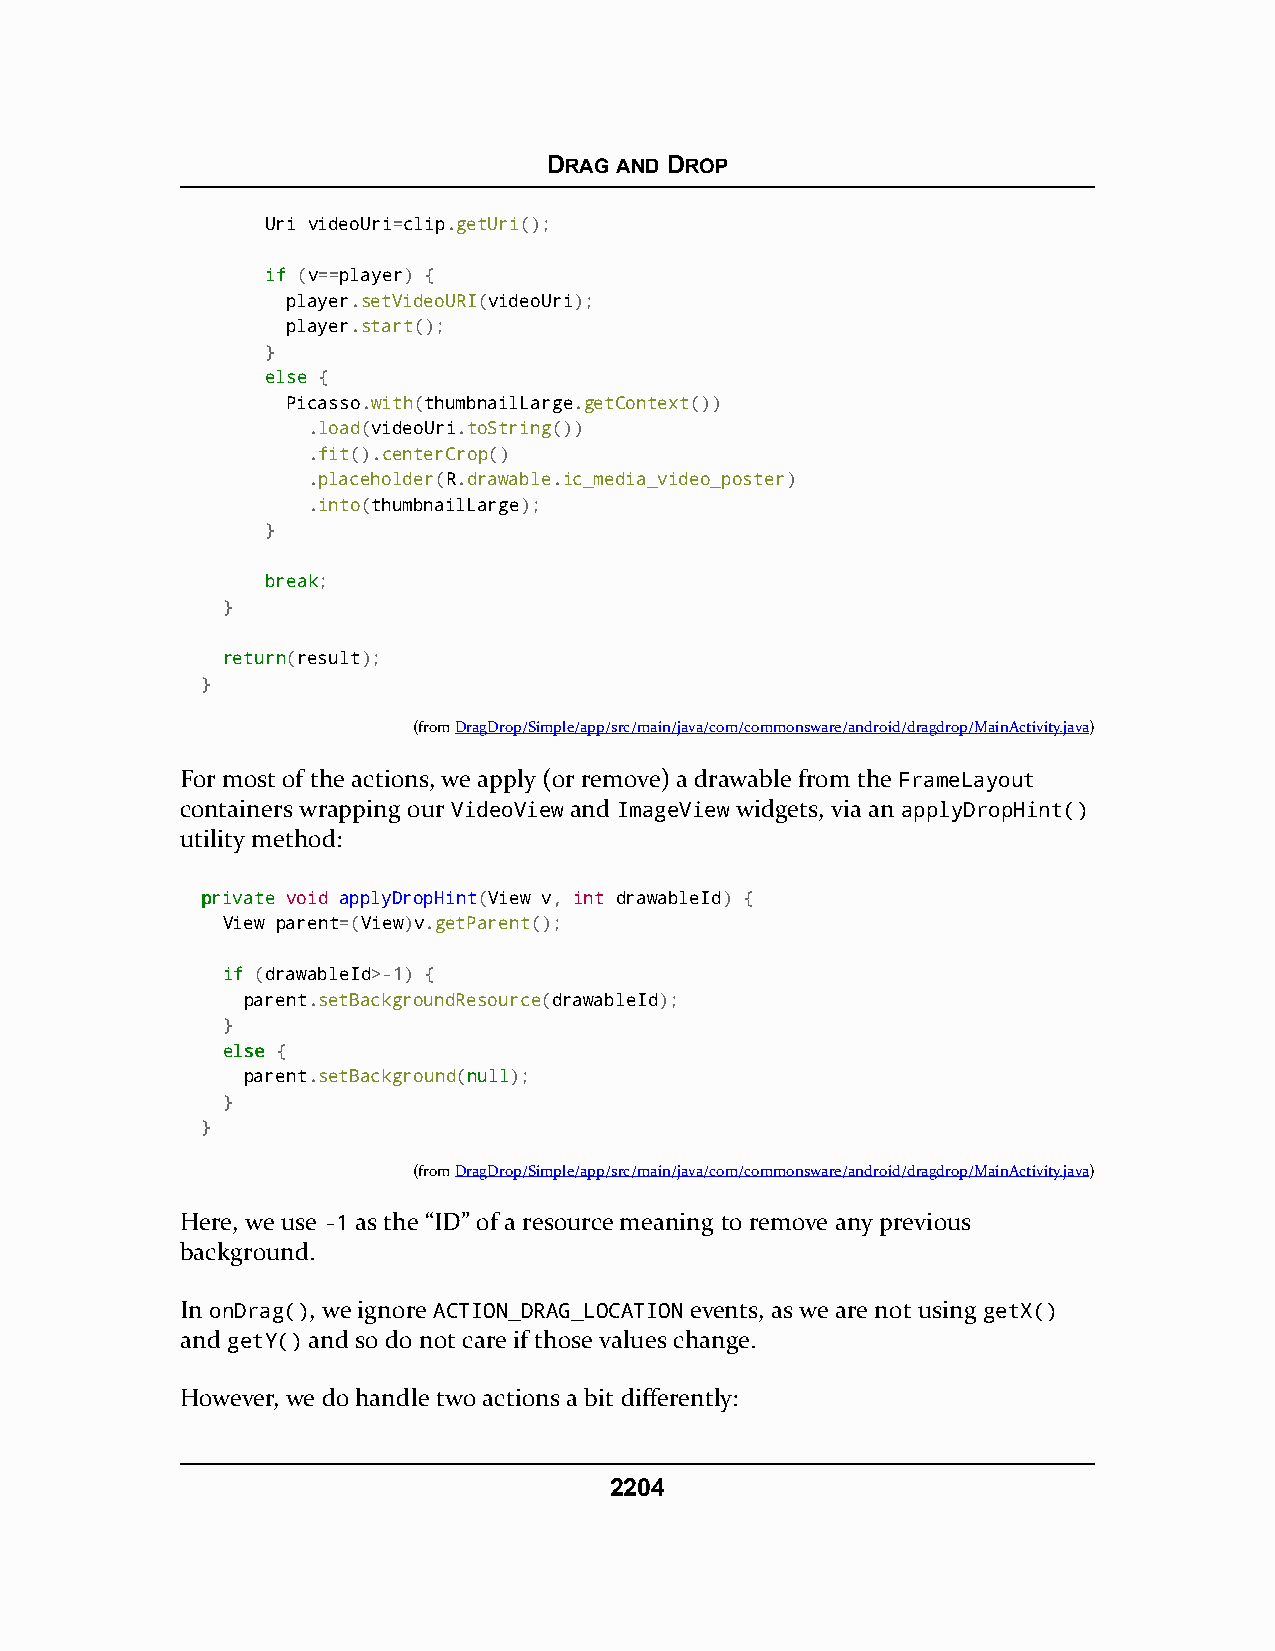
DRAG AND DROP
 Uri videoUri=clip.getUri();
 iiff (v==player) {
 player.setVideoURI(videoUri);
 player.start();
 }
 eellssee {
 Picasso.with(thumbnailLarge.getContext())
 .load(videoUri.toString())
 .fit().centerCrop()
 .placeholder(R.drawable.ic_media_video_poster)
 .into(thumbnailLarge);
 }
 bbrreeaakk;
 }
 rreettuurrnn(result);
 }
 (fromDragDrop/Simple/app/src/main/java/com/commonsware/android/dragdrop/MainActivity.java)
 For most of the actions, we apply (or remove) a drawable from the FrameLayout
 containers wrapping our VideoView and ImageView widgets, via an applyDropHint()
 utility method:
 pprriivvaattee void applyDropHint(View v, int drawableId) {
 View parent=(View)v.getParent();
 iiff (drawableId>-1) {
 parent.setBackgroundResource(drawableId);
 }
 eellssee {
 parent.setBackground(nnuullll);
 }
 }
 (fromDragDrop/Simple/app/src/main/java/com/commonsware/android/dragdrop/MainActivity.java)
 Here, we use -1 as the “ID” of a resource meaning to remove any previous
 background.
 In onDrag(), we ignore ACTION_DRAG_LOCATION events, as we are not using getX()
 and getY() and so do not care if those values change.
 However, we do handle two actions a bit differently:
 2204